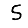
Digit: 5